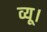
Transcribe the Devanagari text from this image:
व्यू।